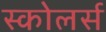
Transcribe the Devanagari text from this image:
स्कोलर्स